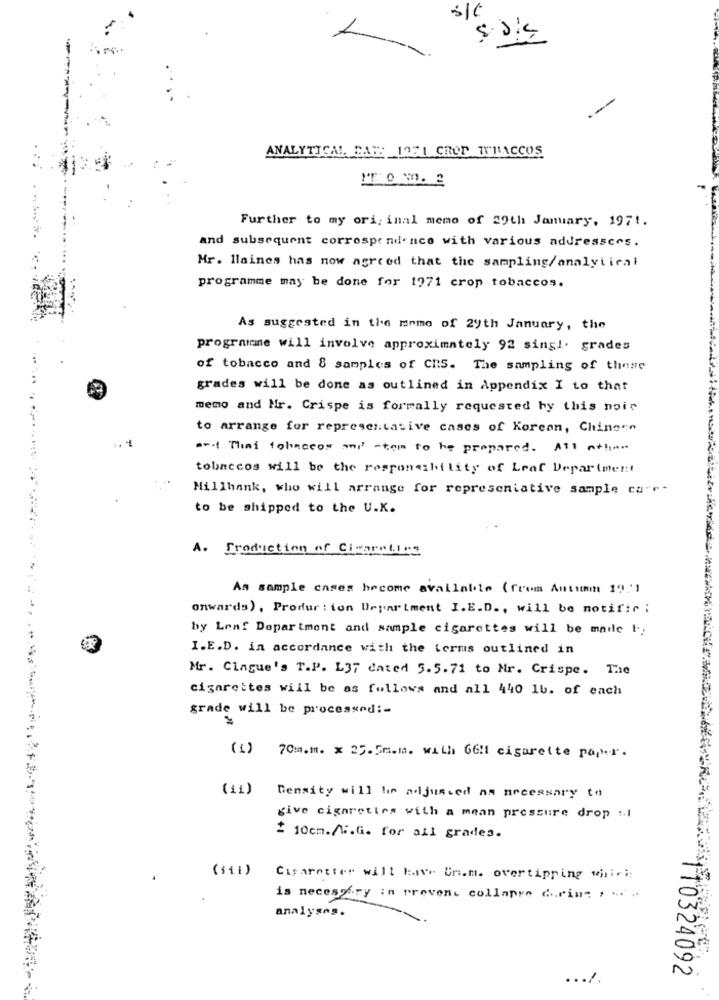
s/C
ANALYTICAL BATH 1971 CROP TRACCOS
Further to my orijinal memo of 29th January, 1971.
and subsequent correspondence with various addressces.
Mr. Blaines has now agreed that the sampling/analytical
programme may be done for 1971 crop tobaccos.
As suggested in the momo of 29th January, the
programne will involve approximately 92 singl. grades
of tobacco and 8 samples of CRS. The sampling of these
grades will be done as outlined in Appendix I to that
memo and Mr. Crispe is formally requested by this noir
to arrange for representative cases of Korean, Chingen
..
art That tobaccos ami -tem to be prepared. Atl the.
tobaccos will be the responsibility of Leaf Department
Millhank, who will arrange for representative sample ca-r-
to be shipped to the U.K.
A. Production of Cigarettes
Am sample cases become available (from Autumn 1971
onwards), Produr: ion Department I.E.D ., will be notific ;
by Lenf Department and sample cigarettes will be made t.
I.E.D. in accordance with the terms outlined in
Mr. Cingue's T.P. L37 dated 5.5.71 to Mr. Crispe. The
cigarettes will be as follows and all 440 1b. of each
grade will be processed :-
(1) 70m.m. x 25.5m.m. with 6611 cigarette paper.
(ii) Density will be adjusted as necessary to
give cigarettes with a mean pressure drop t.i
2 10cm./W.G. for all grades.
(111)
Cigaretter will Have Un.m. overtipping wiriri:
is necessary in prevent collapse d.eine ,....
analyses.
110324092
... /.